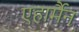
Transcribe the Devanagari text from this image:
एहार्मैन